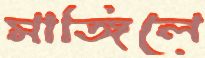
মাঙ্গিলে